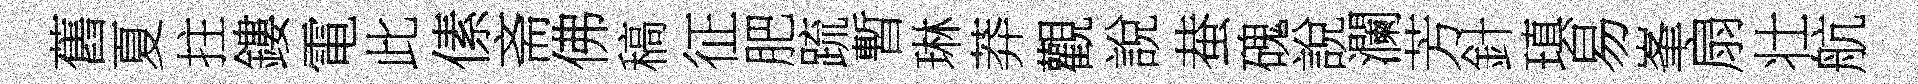
舊夏拄鏤電此傃斋佛稿征肥䟽暫琳莽觀說蛬磈說瀾芳針瑱易峯扇壮航